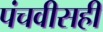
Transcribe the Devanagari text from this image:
पंचवीसही